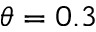
\theta = 0 . 3